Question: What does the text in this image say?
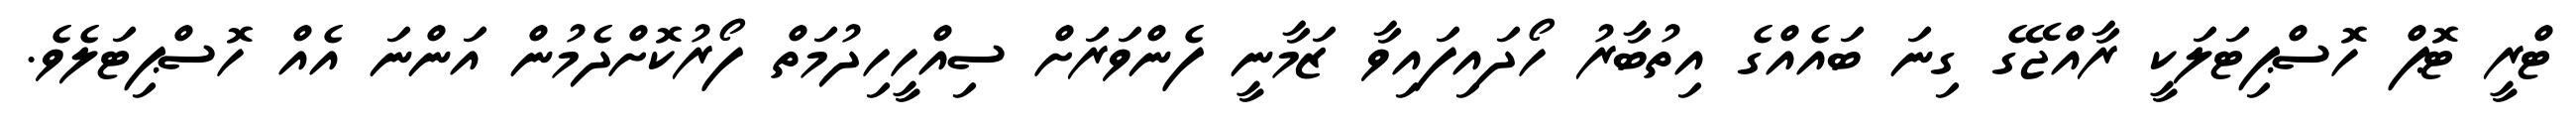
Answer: ޓްރީ ޓޮޕް ހޮސްޕިޓަލަކީ ރާއްޖޭގެ ގިނަ ބައެއްގެ އިތުބާރު ހޯދައިފައިވާ ޒަމާނީ ފެންވަރަށް ސިއްހީހިދުމަތް ފޯރުކޮށްދެމުން އަންނަ އެއް ހޮސްޕިޓަލެވެ.